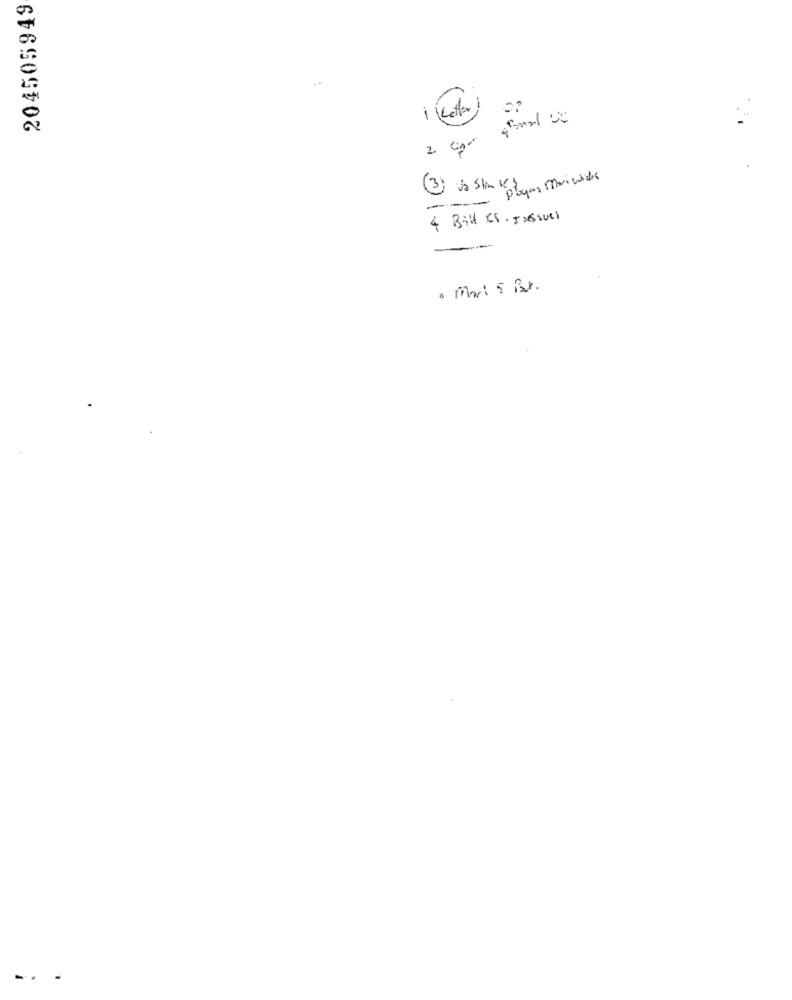
204505949
I etter !
1. Com
Playas Mari which
4 Bill eS. JOGsull
· mar: 5 But.